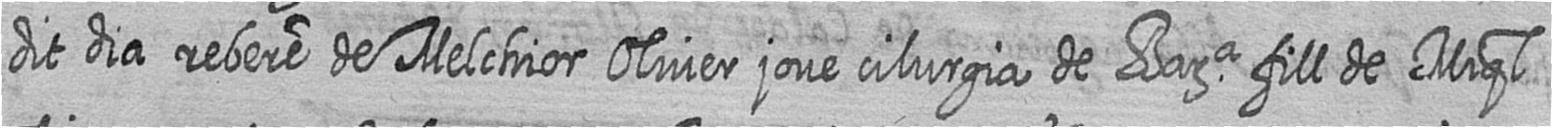
dit dia rebere de Melchior Oliver jove cilurgia de Bara fill de Miql